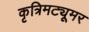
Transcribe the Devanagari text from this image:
कृत्रिमट्यूमर